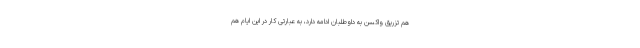
هم تزریق واکسن به داوطلبان ادامه دارد، به عبارتی کار در این ایام هم